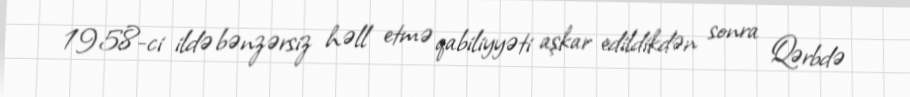
1958-ci ildə bənzərsiz həll etmə qabiliyyəti aşkar edildikdən sonra Qərbdə